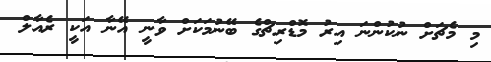
މި މެޗަށް ނުކުންނަ އިރު މޮޑްރިޗްގެ ބޭނުމަކަށް ވާނީ އޭނާ އަކީ ރެއާލް